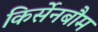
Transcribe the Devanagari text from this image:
किर्सेनबौम